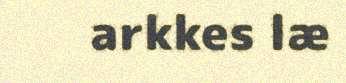
arkkes læ